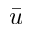
\bar { u }